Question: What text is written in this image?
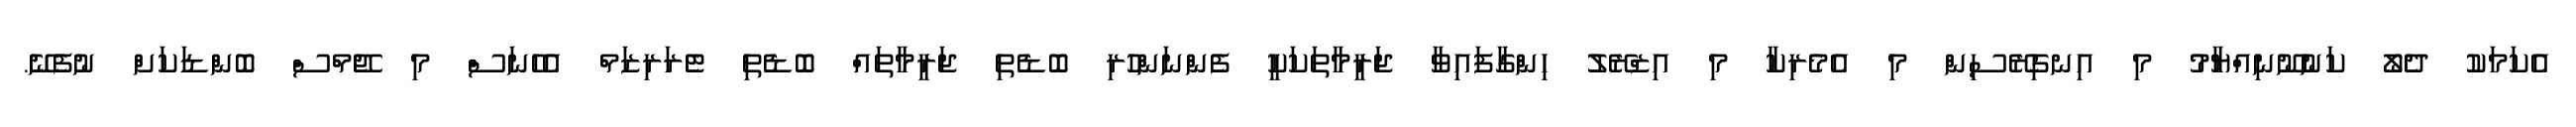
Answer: އެކަމަކު ދެލޯ ކަނުނޫނިއްޔާމު މި އިނގިރޭސިން މި އެމެރިކާ މި އިޒްރޭލު ހިންގާފައިވާ ޖަރީމާތަކަކީ ފެންނަންހުރި ބޮޑެތި ޖަރީމާތައް ބޮޑެތި ޓެރަރިޒަމް އެހެނަސް މި ޖޭމްސް ބޮންޑަކަށް ނުފެނޭ.